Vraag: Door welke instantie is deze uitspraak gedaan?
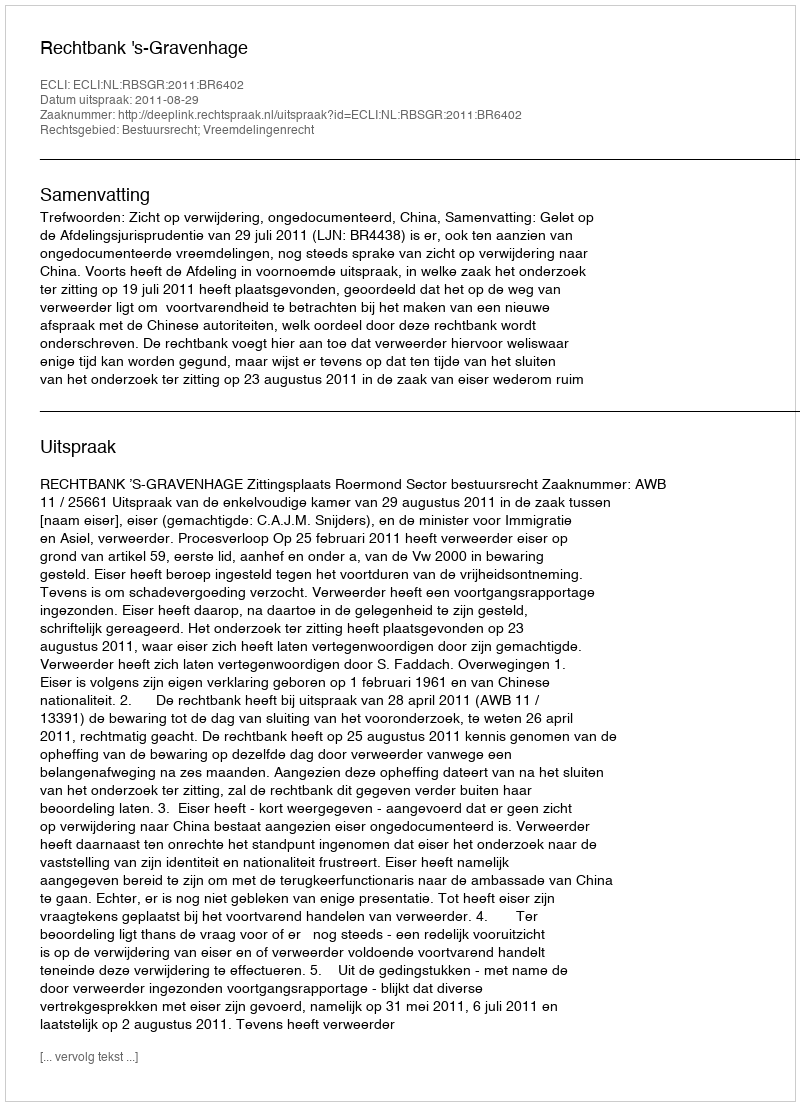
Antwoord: Rechtbank 's-Gravenhage